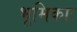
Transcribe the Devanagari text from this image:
भूमिकाः